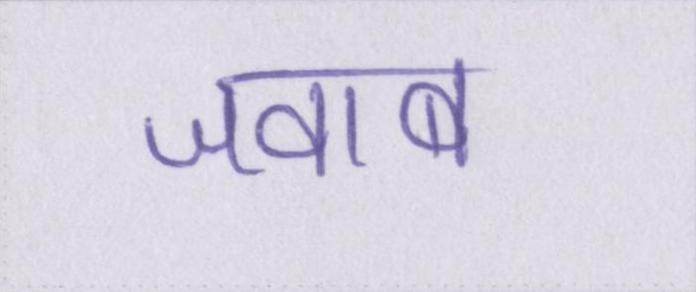
जवाब